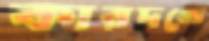
কারদন্ডে